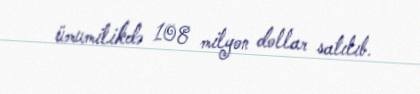
ümumilikdə 108 milyon dollar satılıb.